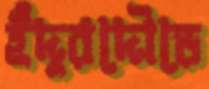
ইঁদুরদৌড়ে